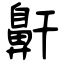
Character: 鼾